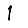
Digit: 1